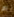
ام